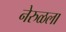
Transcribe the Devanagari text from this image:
नेरुळला